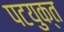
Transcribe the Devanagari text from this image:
पटयुक्त